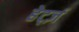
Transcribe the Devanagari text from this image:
हेर्ट्ज़